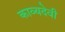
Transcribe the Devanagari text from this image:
काव्यदेवी